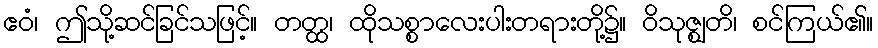
ဧဝံ၊ ဤသို့ဆင်ခြင်သဖြင့်။ တတ္ထ၊ ထိုသစ္စာလေးပါးတရားတို့၌။ ဝိသုဇ္ဈတိ၊ စင်ကြယ်၏။